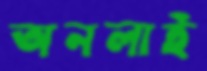
অনলাই